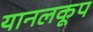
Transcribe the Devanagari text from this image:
यानलकूप